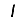
Digit: 1